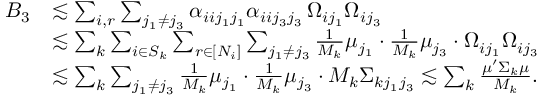
\begin{array} { r l } { B _ { 3 } } & { \lesssim \sum _ { i , r } \sum _ { j _ { 1 } \neq j _ { 3 } } \alpha _ { i i j _ { 1 } j _ { 1 } } \alpha _ { i i j _ { 3 } j _ { 3 } } \, \Omega _ { i j _ { 1 } } \Omega _ { i j _ { 3 } } } \\ & { \lesssim \sum _ { k } \sum _ { i \in S _ { k } } \sum _ { r \in [ N _ { i } ] } \sum _ { j _ { 1 } \neq j _ { 3 } } \frac { 1 } { M _ { k } } \mu _ { j _ { 1 } } \cdot \frac { 1 } { M _ { k } } \mu _ { j _ { 3 } } \cdot \Omega _ { i j _ { 1 } } \Omega _ { i j _ { 3 } } } \\ & { \lesssim \sum _ { k } \sum _ { j _ { 1 } \neq j _ { 3 } } \frac { 1 } { M _ { k } } \mu _ { j _ { 1 } } \cdot \frac { 1 } { M _ { k } } \mu _ { j _ { 3 } } \cdot M _ { k } \Sigma _ { k j _ { 1 } j _ { 3 } } \lesssim \sum _ { k } \frac { \mu ^ { \prime } \Sigma _ { k } \mu } { M _ { k } } . } \end{array}